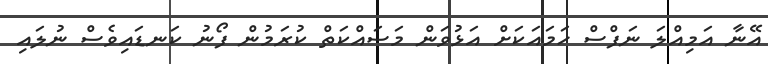
އޭނާ އަމިއްލަ ނަފްސް ހަމައަކަށް އަޅުވަން މަސައްކަތް ކުރަމުން ފޯނު ކަނޑައިވެސް ނުލައި